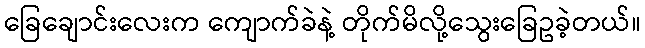
ခြေချောင်းလေးက ကျောက်ခဲနဲ့ တိုက်မိလို့သွေးခြေဥခဲ့တယ်။